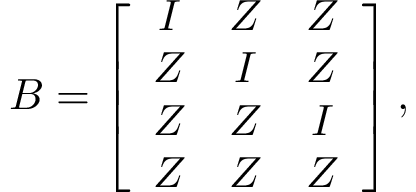
\boldsymbol { B } = \left[ \begin{array} { c c c } { \boldsymbol { I } } & { \boldsymbol { Z } } & { \boldsymbol { Z } } \\ { \boldsymbol { Z } } & { \boldsymbol { I } } & { \boldsymbol { Z } } \\ { \boldsymbol { Z } } & { \boldsymbol { Z } } & { \boldsymbol { I } } \\ { \boldsymbol { Z } } & { \boldsymbol { Z } } & { \boldsymbol { Z } } \end{array} \right] \mathrm { , }